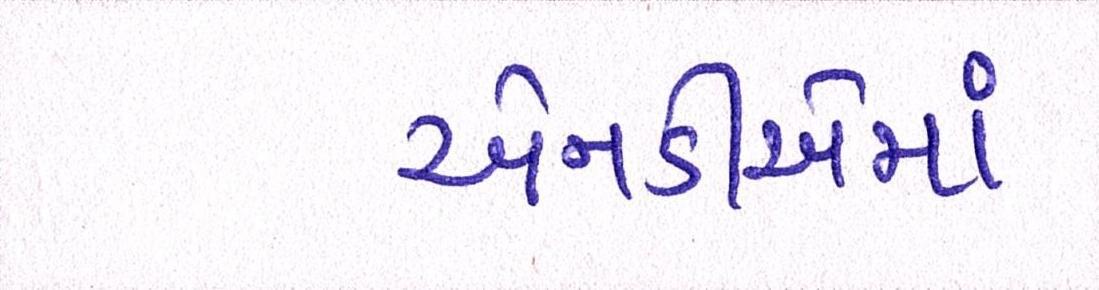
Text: એનડીએમાં